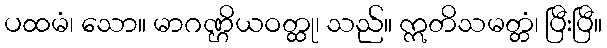
ပထမံ၊ သော။ မာဂဏ္ဌိယဝတ္ထု၊ သည်။ ဣတိသမတ္တံ၊ ပြီးပြီ။